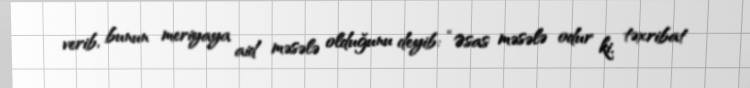
verib, bunun meriyaya aid məsələ olduğunu deyib: “Əsas məsələ odur ki, təxribat